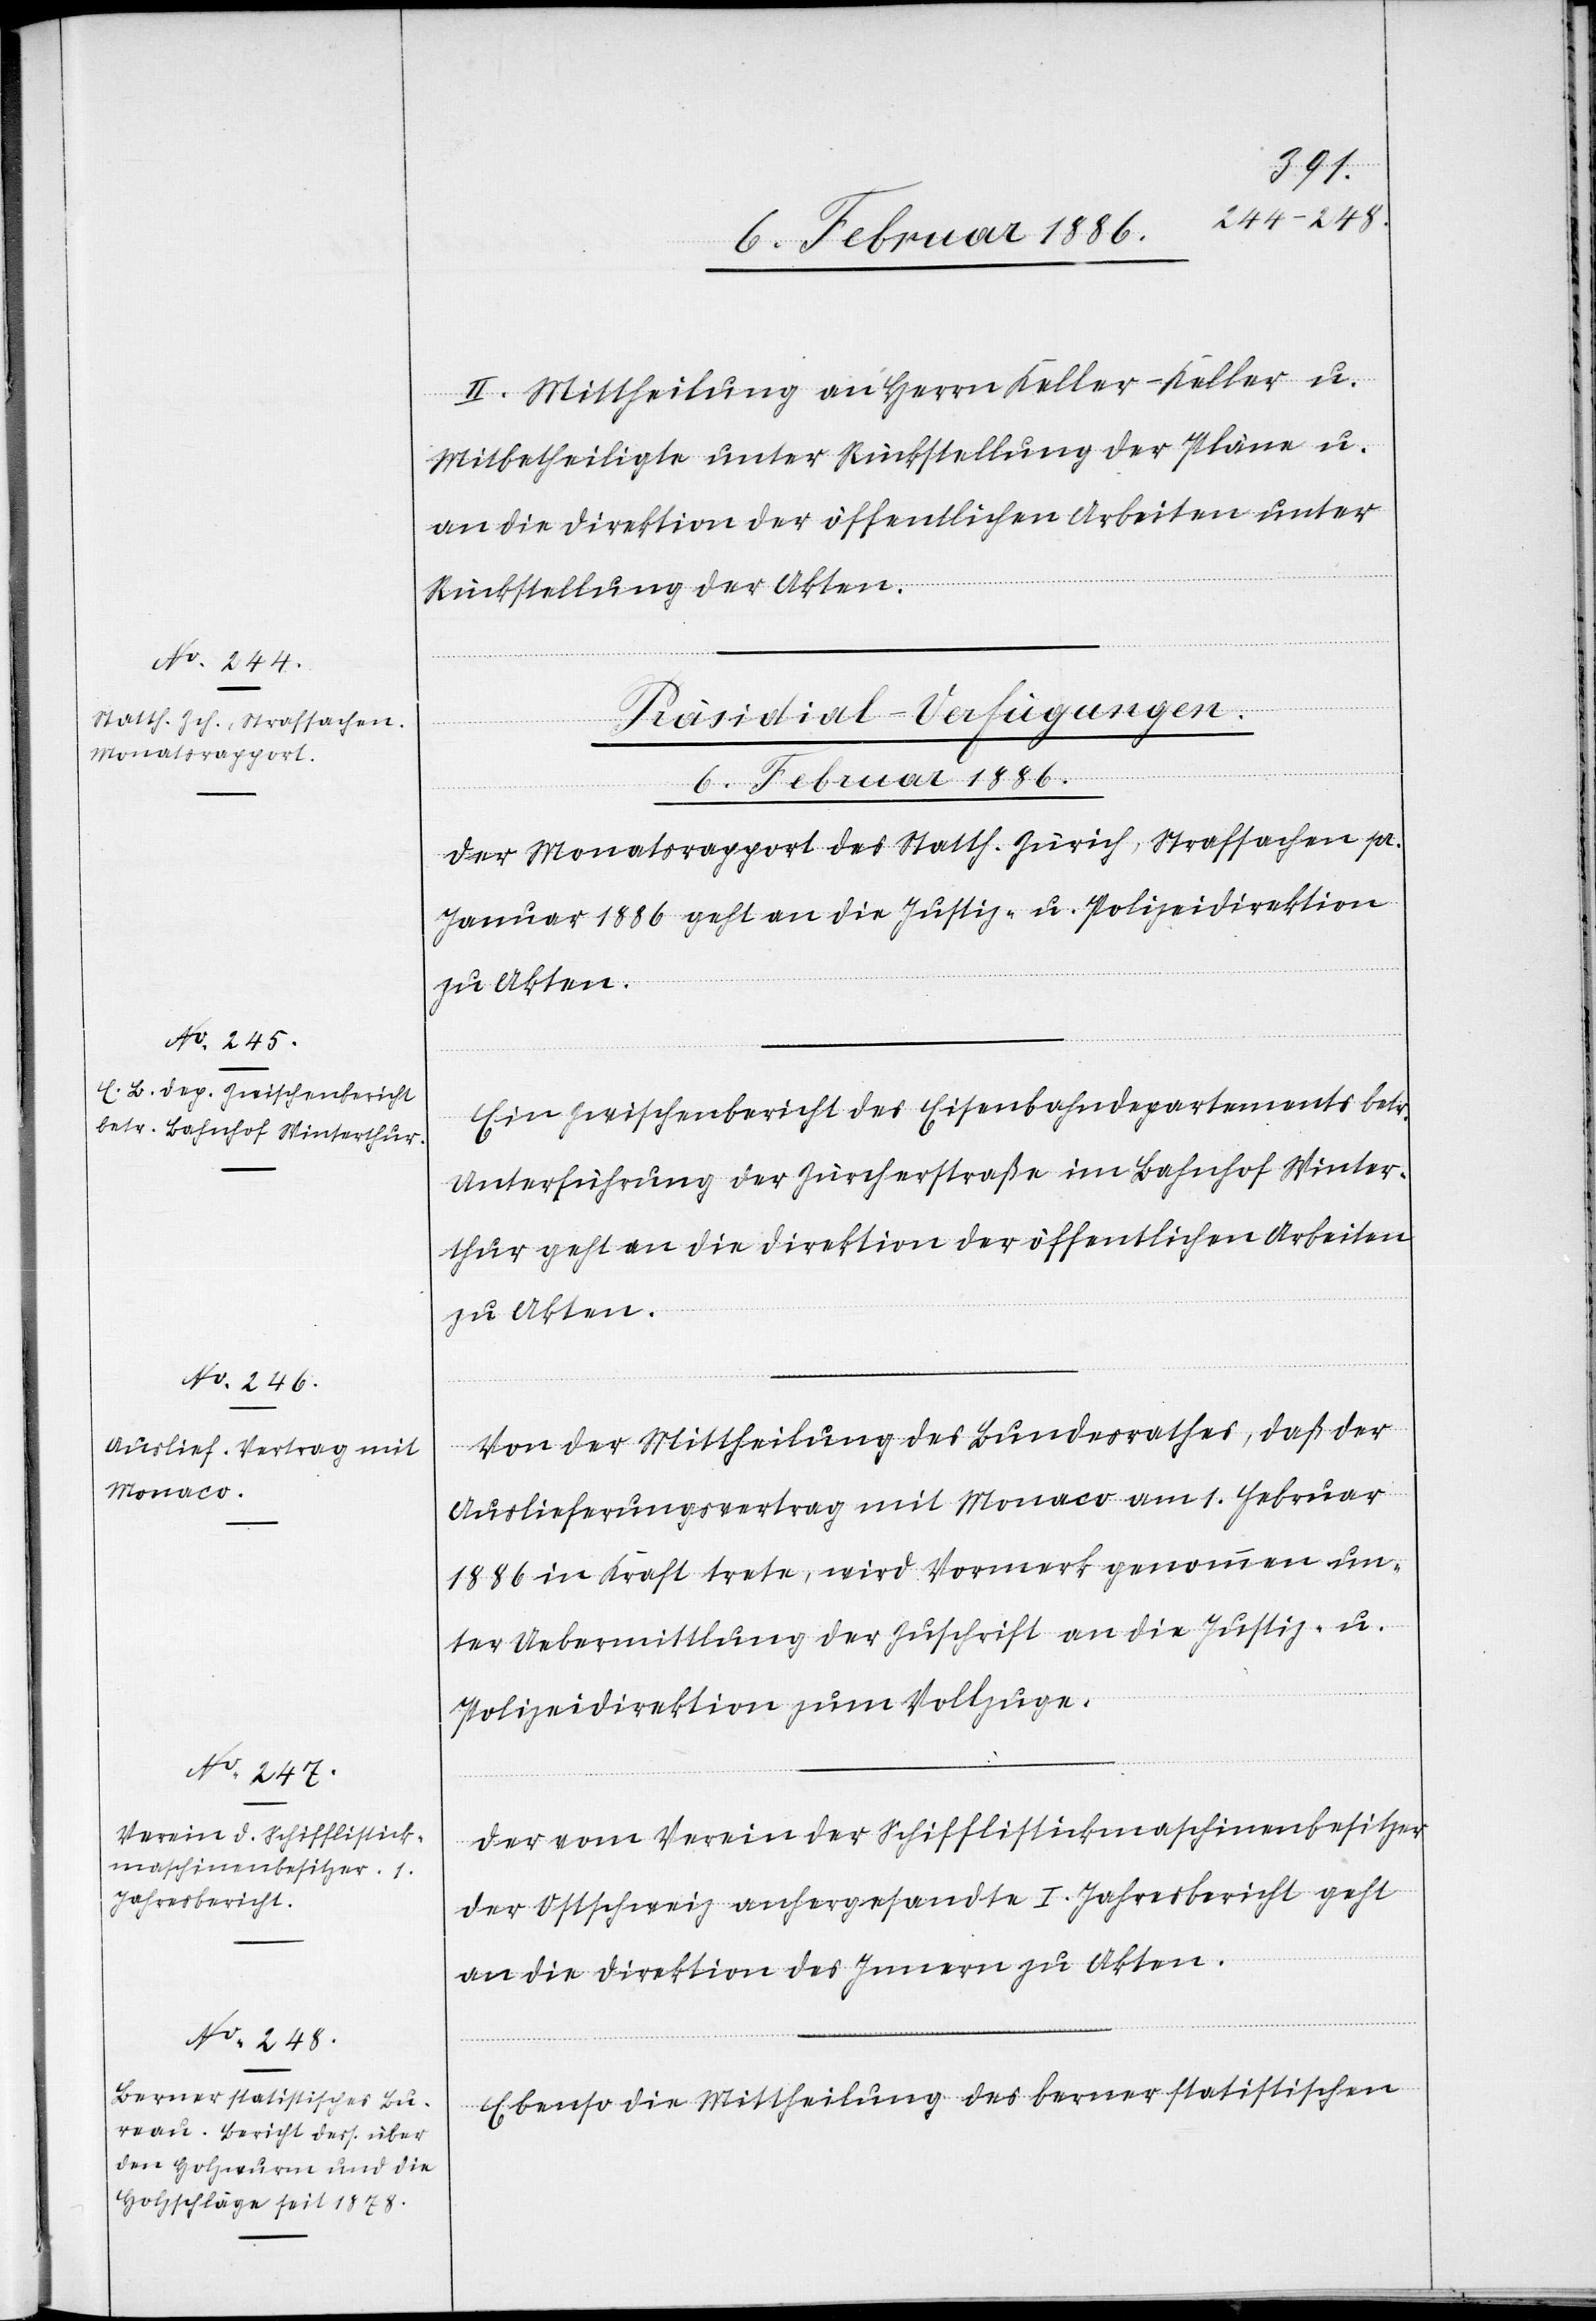
II. Mittheilung an Herrn Keller-Keller
Mitbetheiligte unter Rückstellung der Pläne u.
an die Direktion der öffentlichen Arbeiten unter
Rückstellung der Akten.
[Präsidial-Verfügungen
6. Februar 1886.]
Der Monatsrapport des Statth. Zürich, Strafsachen pr.
Januar 1886 geht an die Justiz- u. Polizeidirektion
Ein Zwischenbericht des Eisenbahndepartements betr.
Unterführung der Zürcherstraße im Bahnhof Winter¬
thur geht an die Direktion der öffentlichen Arbeiten
zu Akten.
Von der Mittheilung des Bundesrathes, daß der
Auslieferungsvertrag mit Monaco am 1. Februar
1886 in Kraft trete, wird Vormerk genommen un¬
ter Uebermittlung der Zuschrift an die Justiz- u.
Polizeidirektion zum Vollzuge.
Der vom Verein für Schifflistickmaschinenbesitzer
der Ostschweiz anhergesandte I. Jahresbericht geht
an die Direktion des Innern zu Akten.
Ebenso die Mittheilung des Berner statistischen